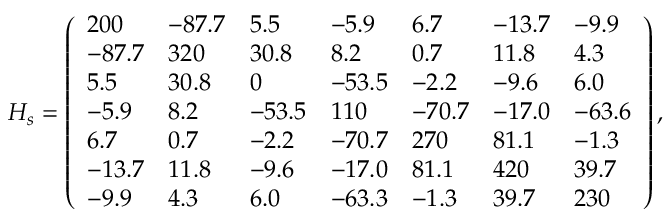
H _ { s } = \left( \begin{array} { l l l l l l l } { 2 0 0 } & { - 8 7 . 7 } & { 5 . 5 } & { - 5 . 9 } & { 6 . 7 } & { - 1 3 . 7 } & { - 9 . 9 } \\ { - 8 7 . 7 } & { 3 2 0 } & { 3 0 . 8 } & { 8 . 2 } & { 0 . 7 } & { 1 1 . 8 } & { 4 . 3 } \\ { 5 . 5 } & { 3 0 . 8 } & { 0 } & { - 5 3 . 5 } & { - 2 . 2 } & { - 9 . 6 } & { 6 . 0 } \\ { - 5 . 9 } & { 8 . 2 } & { - 5 3 . 5 } & { 1 1 0 } & { - 7 0 . 7 } & { - 1 7 . 0 } & { - 6 3 . 6 } \\ { 6 . 7 } & { 0 . 7 } & { - 2 . 2 } & { - 7 0 . 7 } & { 2 7 0 } & { 8 1 . 1 } & { - 1 . 3 } \\ { - 1 3 . 7 } & { 1 1 . 8 } & { - 9 . 6 } & { - 1 7 . 0 } & { 8 1 . 1 } & { 4 2 0 } & { 3 9 . 7 } \\ { - 9 . 9 } & { 4 . 3 } & { 6 . 0 } & { - 6 3 . 3 } & { - 1 . 3 } & { 3 9 . 7 } & { 2 3 0 } \end{array} \right) ,